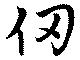
仞